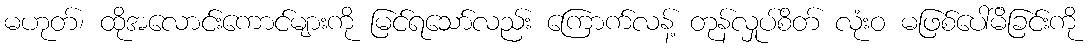
မဟုတ်၊ ထိုအလောင်းကောင်များကို မြင်ရသော်လည်း ကြောက်လန့် တုန်လှုပ်စိတ် လုံးဝ မဖြစ်ပေါ်မိခြင်းကို